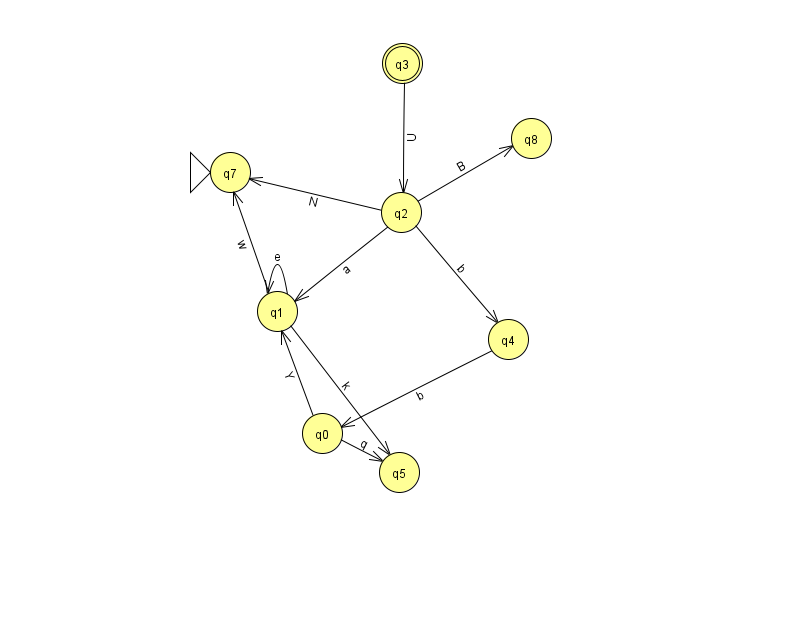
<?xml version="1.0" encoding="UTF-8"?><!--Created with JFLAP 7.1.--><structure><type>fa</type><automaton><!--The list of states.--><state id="0" name="q0"><x>322.0</x><y>420.0</y></state><state id="1" name="q1"><x>277.0</x><y>298.0</y></state><state id="2" name="q2"><x>401.0</x><y>199.0</y></state><state id="3" name="q3"><x>402.0</x><y>50.0</y><final/></state><state id="4" name="q4"><x>508.0</x><y>326.0</y></state><state id="5" name="q5"><x>399.0</x><y>459.0</y></state><state id="7" name="q7"><x>230.0</x><y>159.0</y><initial/></state><state id="8" name="q8"><x>531.0</x><y>125.0</y></state><!--The list of transitions.--><transition><from>1</from><to>7</to><read>w</read></transition><transition><from>2</from><to>7</to><read>N</read></transition><transition><from>1</from><to>1</to><read>e</read></transition><transition><from>0</from><to>1</to><read>Y</read></transition><transition><from>2</from><to>8</to><read>B</read></transition><transition><from>2</from><to>1</to><read>a</read></transition><transition><from>3</from><to>2</to><read>U</read></transition><transition><from>4</from><to>0</to><read>b</read></transition><transition><from>0</from><to>5</to><read>q</read></transition><transition><from>1</from><to>5</to><read>k</read></transition><transition><from>2</from><to>4</to><read>b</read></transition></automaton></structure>